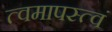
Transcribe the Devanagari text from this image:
त्वमापस्त्वं